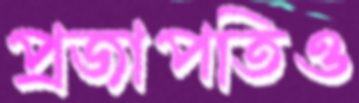
প্রজাপতিও